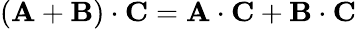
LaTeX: \left(\mathbf{A}+\mathbf{B}\right)\cdot\mathbf{C}=\mathbf{A}\cdot\mathbf{C}+\mathbf{B}\cdot\mathbf{C}